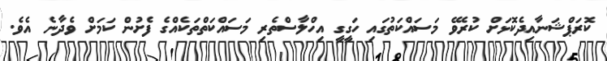
ކޮރަޕްޝަނާއިދެކޮޅަށް ކުރެވޭ މަސައްކަތުގައި ހަގީގީ އިހްލާސްތެރި މަސައްކަތްތަކެއްގެ ފެށުން ކަމަށް ވެދާނެ އެވެ.